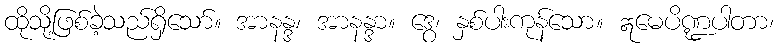
ထိုသို့ဖြစ်ခဲ့သည်ရှိသော်။ အာနန္ဒ၊ အာနန္ဒာ။ ဒွေ၊ နှစ်ပါးကုန်သော။ ဣမေပိဏ္ဍပါတာ၊